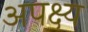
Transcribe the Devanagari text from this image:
अपक्ष्य